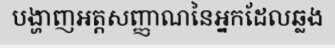
បង្ហាញអត្តសញ្ញាណនៃអ្នកដែលឆ្លង